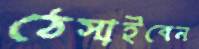
ঠেসাইবেন